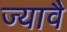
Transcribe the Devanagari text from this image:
ज्यावै